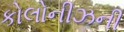
કોલોનીઝની